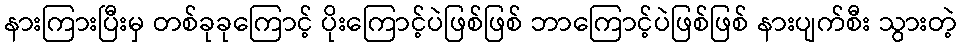
နားကြားပြီးမှ တစ်ခုခုကြောင့် ပိုးကြောင့်ပဲဖြစ်ဖြစ် ဘာကြောင့်ပဲဖြစ်ဖြစ် နားပျက်စီး သွားတဲ့